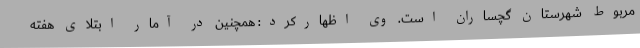
مربوط شهرستان گچساران است. وی اظهارکرد: همچنین در آمار ابتلای هفته